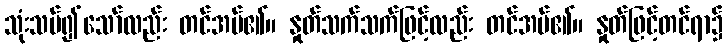
သုံးသပ်၍သော်လည်း တင်အပ်၏။ နှုတ်သက်သက်ဖြင့်လည်း တင်အပ်၏။ နှုတ်ဖြင့်တင်ရာ၌